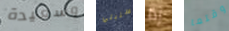
وسعيدة سنبني إذا وقتما